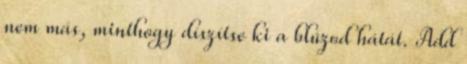
nem más, minthogy díszítse ki a blúzod hátát. Add